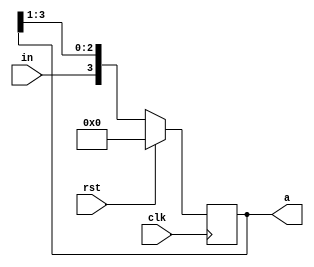
module rightshiftreg (clk,rst,in,a);

//input wire [3:0] in;
input wire clk;
input wire rst;
input wire in;

output reg  [3:0] a;

always @(posedge clk) begin
    if(rst)

    a=4'b0000;

    else begin

    a ={in,a[3:1]};


    end
    
end
    
 endmodule